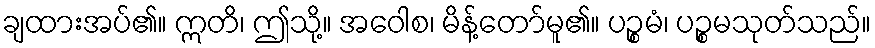
ချထားအပ်၏။ ဣတိ၊ ဤသို့။ အဝေါစ၊ မိန့်တော်မူ၏။ ပဉ္စမံ၊ ပဉ္စမသုတ်သည်။